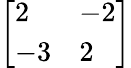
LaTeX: \left[{\begin{array}{ll}{2}&{-2}\\ {-3}&{2}\end{array}}\right]